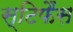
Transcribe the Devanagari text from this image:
स्टिफैंस